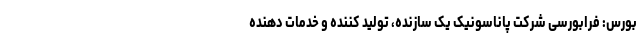
بورس: فرابورسی شرکت پاناسونیک یک سازنده، تولید کننده و خدمات دهنده